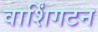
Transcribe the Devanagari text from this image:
वार्शिंगटन